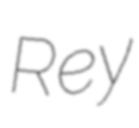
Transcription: Rey